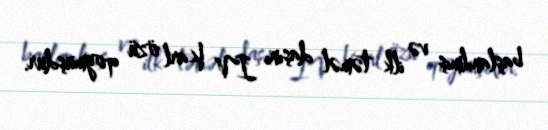
başlanılmış və ilk təməl daşını IV Karl özü qoymuşdur.